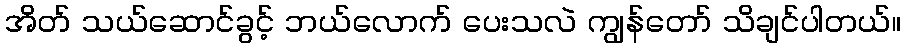
အိတ် သယ်ဆောင်ခွင့် ဘယ်လောက် ပေးသလဲ ကျွန်တော် သိချင်ပါတယ်။